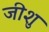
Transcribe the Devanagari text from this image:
जीशु